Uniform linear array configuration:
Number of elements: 32
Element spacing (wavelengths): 1
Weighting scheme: exponential
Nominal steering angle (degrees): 30
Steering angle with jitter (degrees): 30.165
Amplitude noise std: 0.05
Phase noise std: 0.05

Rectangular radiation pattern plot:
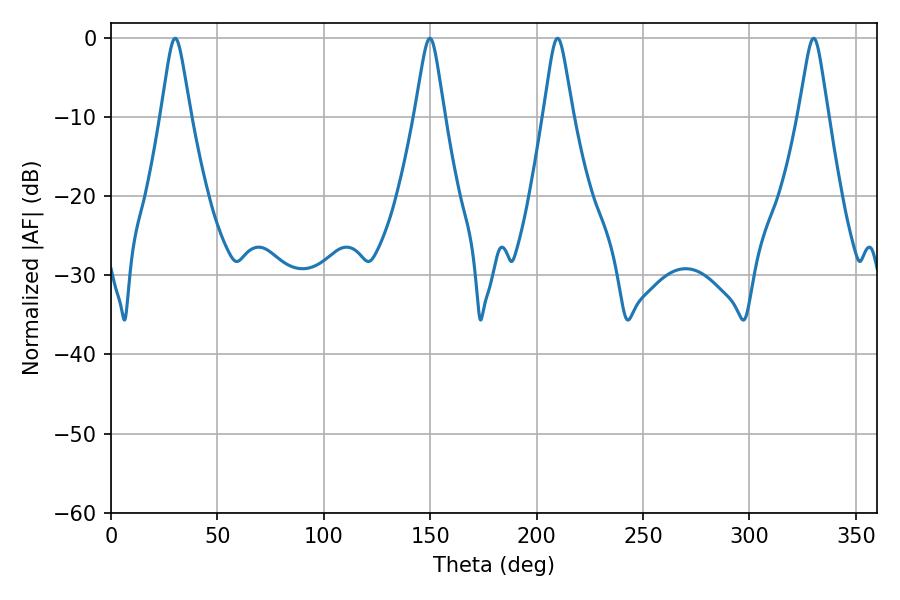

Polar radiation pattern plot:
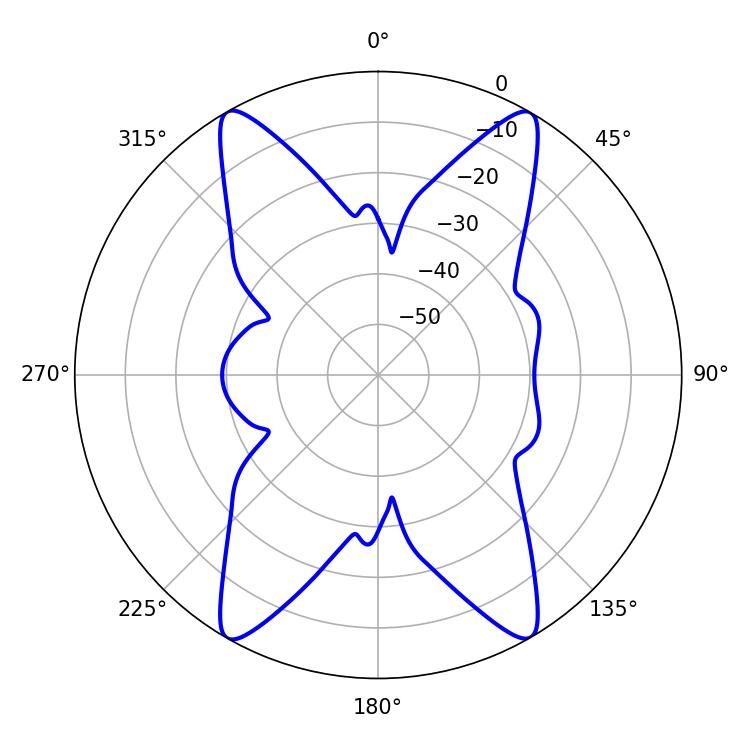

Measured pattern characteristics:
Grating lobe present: TRUE
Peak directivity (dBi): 29.448
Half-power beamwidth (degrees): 6.48
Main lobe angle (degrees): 209.88